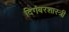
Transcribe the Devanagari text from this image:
दिगंबरशास्त्री